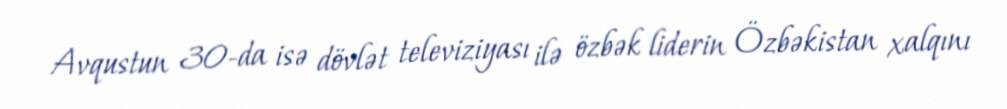
Avqustun 30-da isə dövlət televiziyası ilə özbək liderin Özbəkistan xalqını